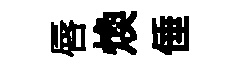
唇煥倕